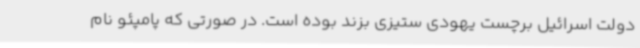
دولت اسرائیل برچست یهودی ستیزی بزند بوده است. در صورتی که پامپئو نام